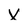
Character: V